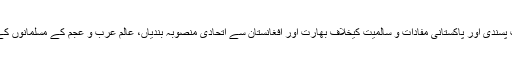
آج ایرانی ریاست کی مذہبی شدت پسندی اور پاکستانی مفادات و سالمیت کیخلاف بھارت اور افغانستان سے اتحادی منصوبہ بندیاں، عالمِ عرب و عجم کے مسلمانوں کے وسیع تر اتحاد کی متقاضی ہیں۔